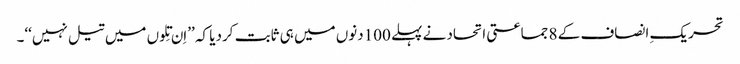
تحریکِ انصاف کے 8 جماعتی اتحاد نے پہلے 100دنوں میں ہی ثابت کردیا کہ ’’اِن تِلوں میں تیل نہیں‘‘۔